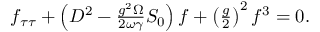
\begin{array} { r } { f _ { \tau \tau } + \left( D ^ { 2 } - \frac { g ^ { 2 } \Omega } { 2 \omega \gamma } S _ { 0 } \right) f + \left( \frac { g } { 2 } \right) ^ { 2 } f ^ { 3 } = 0 . } \end{array}